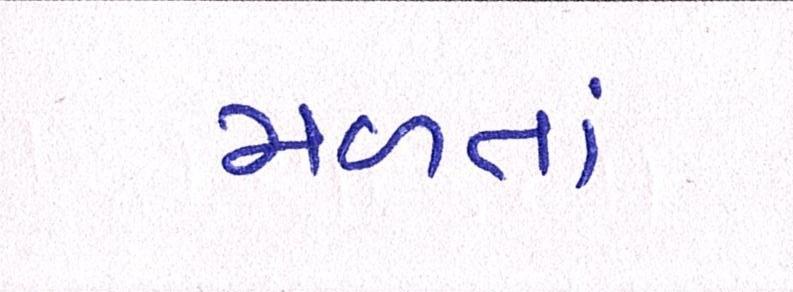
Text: મળતાં